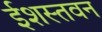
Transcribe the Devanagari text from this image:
ईशस्तवन